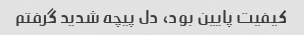
کیفیت پایین بود، دل پیچه شدید گرفتم